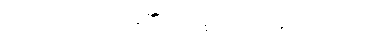
ဝဒါမိ၊ ဟောတော်မူ၏။ ဘိက္ခဝေ၊ ရဟန်းတို့။ အယံ၊